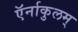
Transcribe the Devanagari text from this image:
ऍर्नाकुलम्